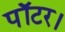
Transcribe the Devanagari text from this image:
पॉटर।